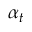
\alpha _ { t }